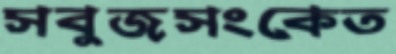
সবুজসংকেত